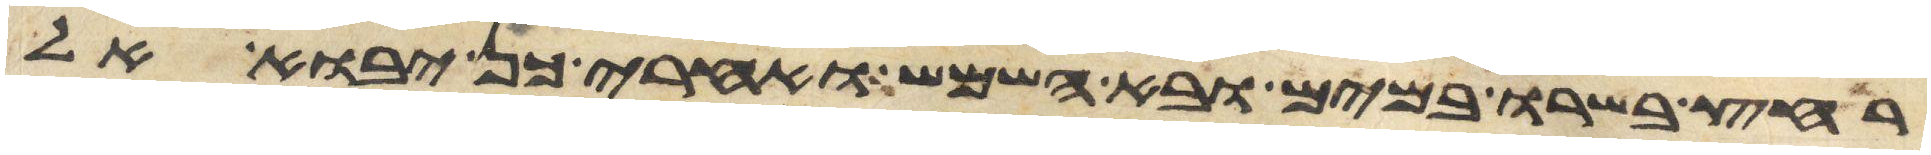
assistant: רחץ בשרו במים ובא השמש ואחרי כן יבוא אל